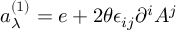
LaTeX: a _ { \lambda } ^ { ( 1 ) } = e + 2 \theta \epsilon _ { i j } \partial ^ { i } A ^ { j }